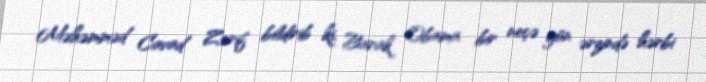
Məhəmməd Cavad Zərif bildirib ki, Barak Obama bir neçə gün ərzində hərbi